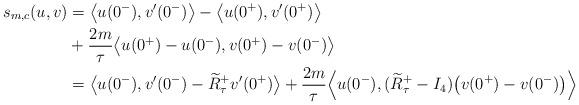
LaTeX: \begin{align*}s_{m,c}(u,v)&=\big\langle u(0^-),v'(0^-)\big\rangle -\big\langle u(0^+),v'(0^+)\big\rangle \\&+ \frac{2m}{\tau} \big \langle u(0^+)-u(0^-), v(0^+)-v(0^-)\big\rangle\\&=\big\langle u(0^-),v'(0^-)-\widetilde{R}^+_\tau v'(0^+)\big\rangle+ \frac{2m}{\tau} \Big \langle u(0^-), (\widetilde{R}^+_\tau-I_4)\big(v(0^+)-v(0^-)\big)\Big\rangle\end{align*}